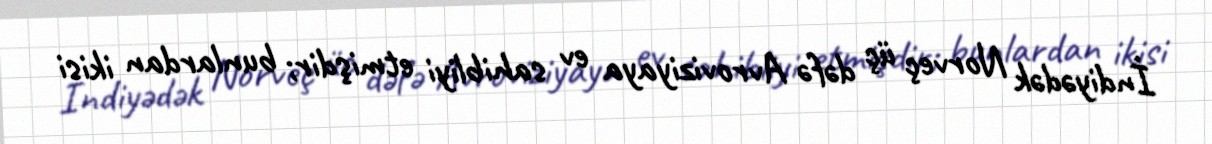
İndiyədək Norveç üç dəfə Avroviziyaya ev sahibliyi etmişdir; bunlardan ikisi